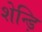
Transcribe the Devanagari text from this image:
शेन्ड़ि